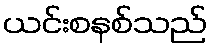
ယင်းစနစ်သည်